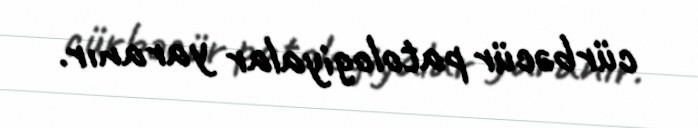
cürbəcür patologiyalar yaranır.